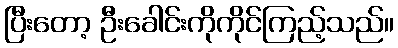
ပြီးတော့ ဦးခေါင်းကိုကိုင်ကြည့်သည်။